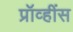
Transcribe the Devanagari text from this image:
प्रॉव्हींस